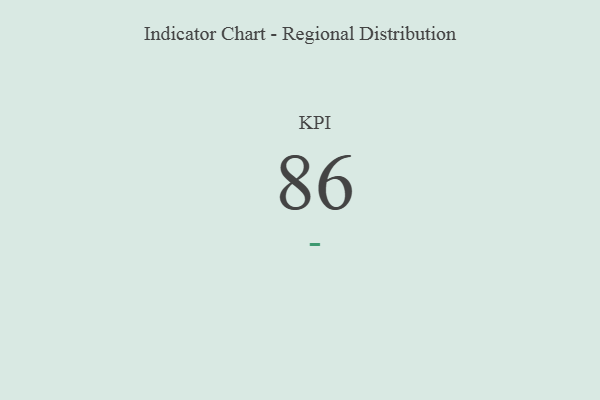
{"axis": {"x": "KPI", "y": "Value"}, "legend": [""], "data": [{"x": "KPI", "y": 86, "type": ""}]}